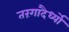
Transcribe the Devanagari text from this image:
तरंगादैर्ध्यों